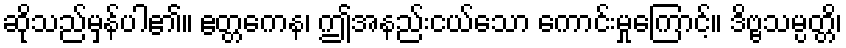
ဆိုသည်မှန်ပါ၏။ ဧတ္တကေန၊ ဤအနည်းငယ်သော ကောင်းမှုကြောင့်။ ဒိဗ္ဗသမ္ပတ္တိ၊